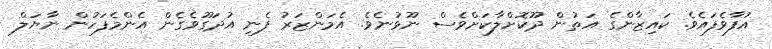
އުފާވެފައެވެ. ކައިޒާންގެ އަތުން ދޫކޮށްލާކަށްވެސް ނޫޅުނެވެ. އެމަންޒަރު ފެނި އުދަގޫވެގެން އެންމެފަހުން ނާޔަލް